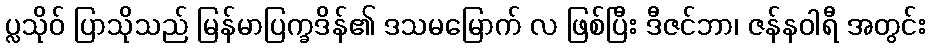
ပ္လသိုဝ် ပြာသိုသည် မြန်မာပြက္ခဒိန်၏ ဒသမမြောက် လ ဖြစ်ပြီး ဒီဇင်ဘာ၊ ဇန်နဝါရီ အတွင်း